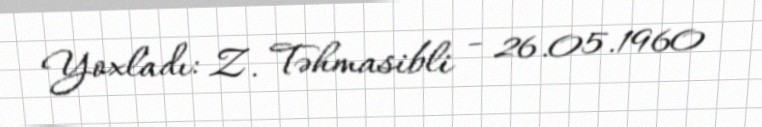
Yoxladı: Z. Təhmasibli - 26.05.1960